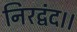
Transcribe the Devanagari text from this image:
निरद्वंद।।